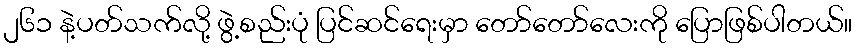
၂၆၁ နဲ့ပတ်သက်လို့ ဖွဲ့စည်းပုံ ပြင်ဆင်ရေးမှာ တော်တော်လေးကို ပြောဖြစ်ပါတယ်။